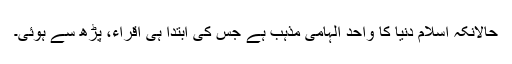
حالانکہ اسلام دنیا کا واحد الہامی مذہب ہے جس کی ابتدا ہی اقراء، پڑھ سے ہوئی۔